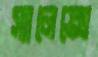
স্যালেক্সে